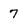
Character: 7